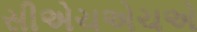
સીએચએચએ